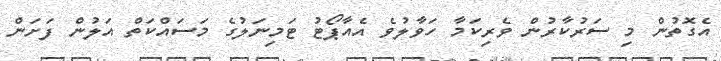
އެގޮތުން މި ސަރުކާރުން ވެރިކަމާ ހަވާލުވެ އެއާޕޯޓު ޓަމިނަލުގެ މަސައްކަތް އަލުން ފަށަން